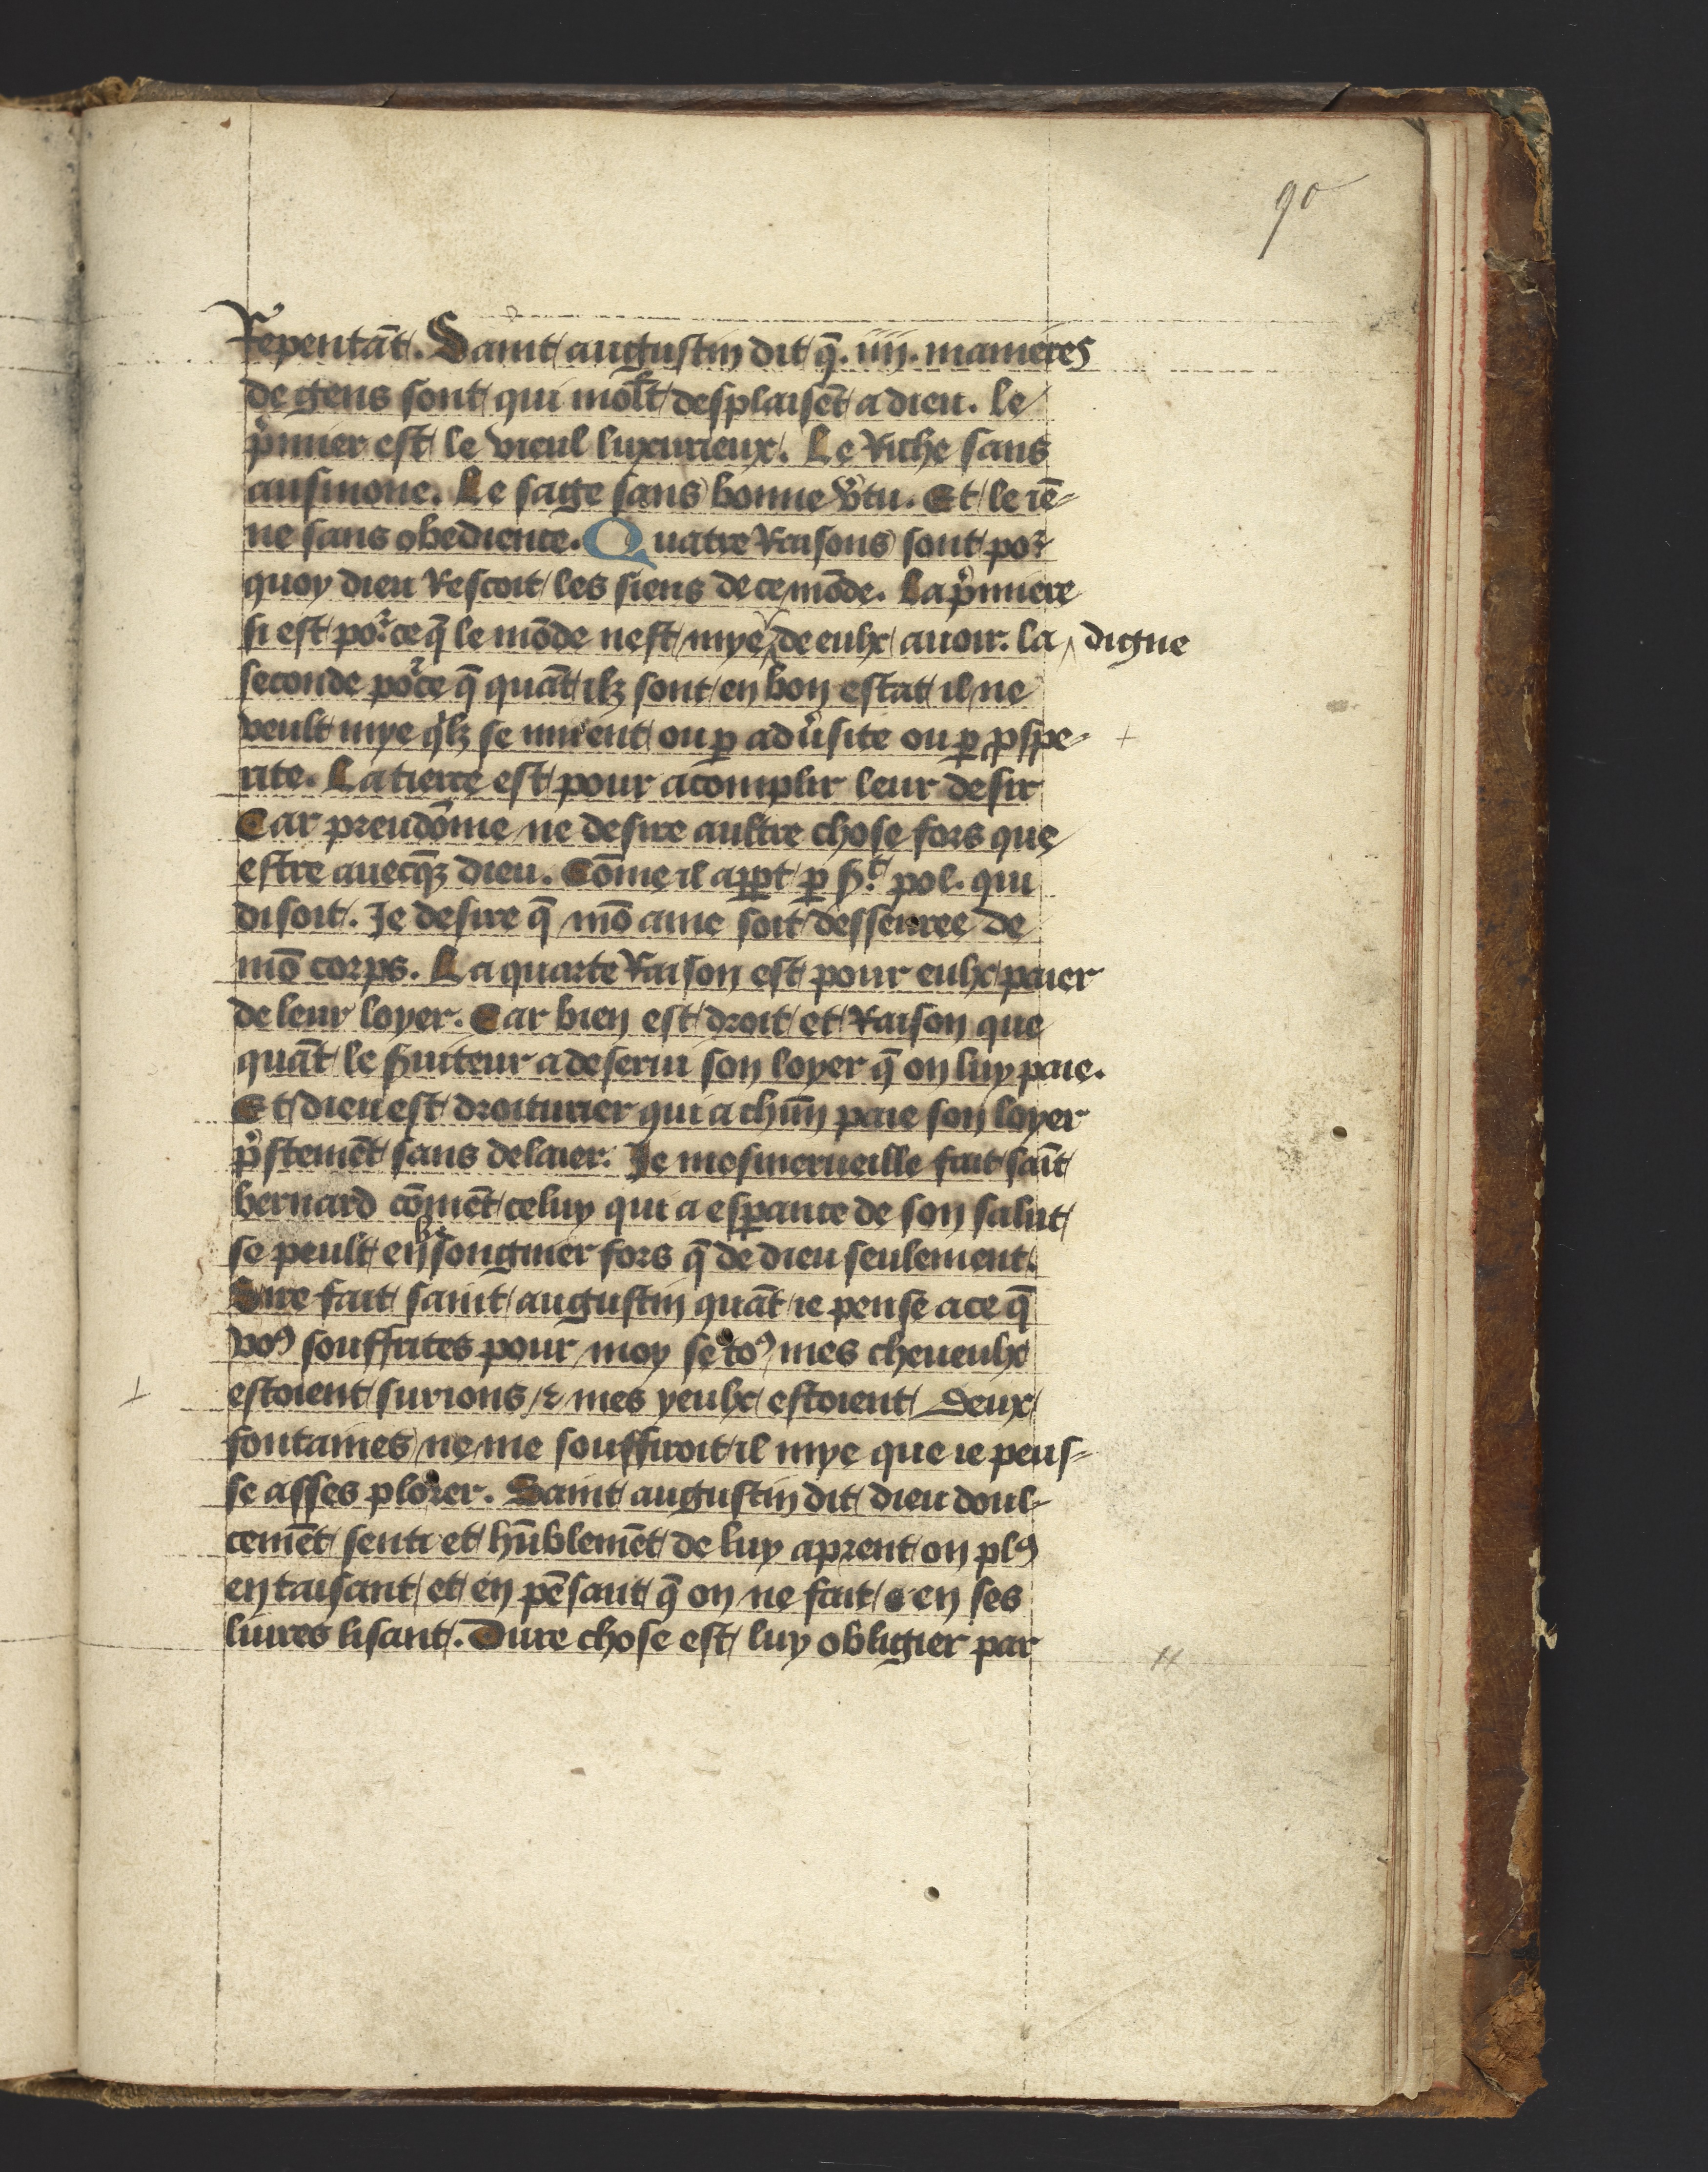
Shelfmark: Philadelphia, University of Pennsylvania, Ms. Codex 660
Century: 14